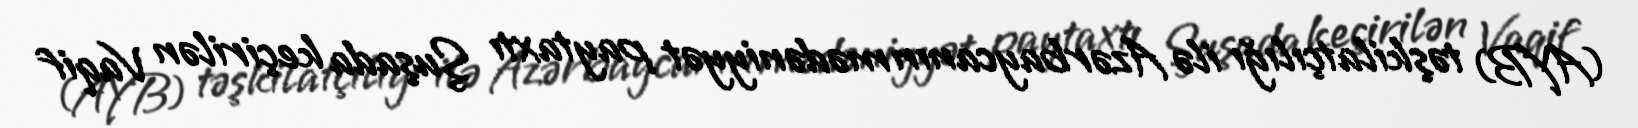
(AYB) təşkilatçılığı ilə Azərbaycanın mədəniyyət paytaxtı Şuşada keçirilən Vaqif